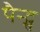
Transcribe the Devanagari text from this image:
पैन्ट्स